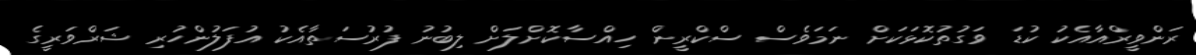
ރަންވީރްއާއެކު ކުޑަ ވަގުތުކޮޅަކަށް ނަމަވެސް ސްކްރީން ހިއްސާކޮށްލަށް ލިބުނު ފުރުސަތާއެކު އުފަލުންހުރި ޝަރްވަރީގެ